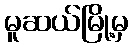
မူဆယ်မြို့မှ